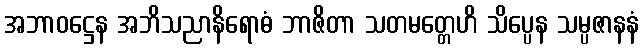
အဘာဝဋ္ဌေန အဘိသညာနိရောဓံ ဘာဇိတာ သတမတ္တေဟိ သိပ္ပေန သမ္ပဇာနနံ